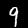
Digit: 9